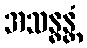
အသန္ဓန္တံ